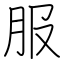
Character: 服